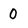
Character: 0